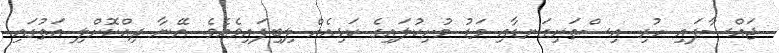
ޖައްސާފައި ހުރި އިސްތަށިގަނޑާއި މަޑު މުށިކުލައިގެ ކަޅިއެއް ލިބިފައިވެއެވެ. އޭނާ ދިއްކޮށްލި އަތުގައި